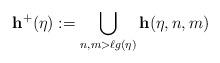
LaTeX: \begin{align*}{\bf h}^+(\eta) := \bigcup\limits_{n,m > \ell g(\eta)}{\bf h}(\eta,n,m) \end{align*}